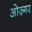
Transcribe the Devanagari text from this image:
ओज़्गर